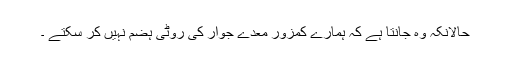
حالانکہ وہ جانتا ہے کہ ہمارے کمزور معدے جوار کی روٹی ہضم نہیں کر سکتے ۔